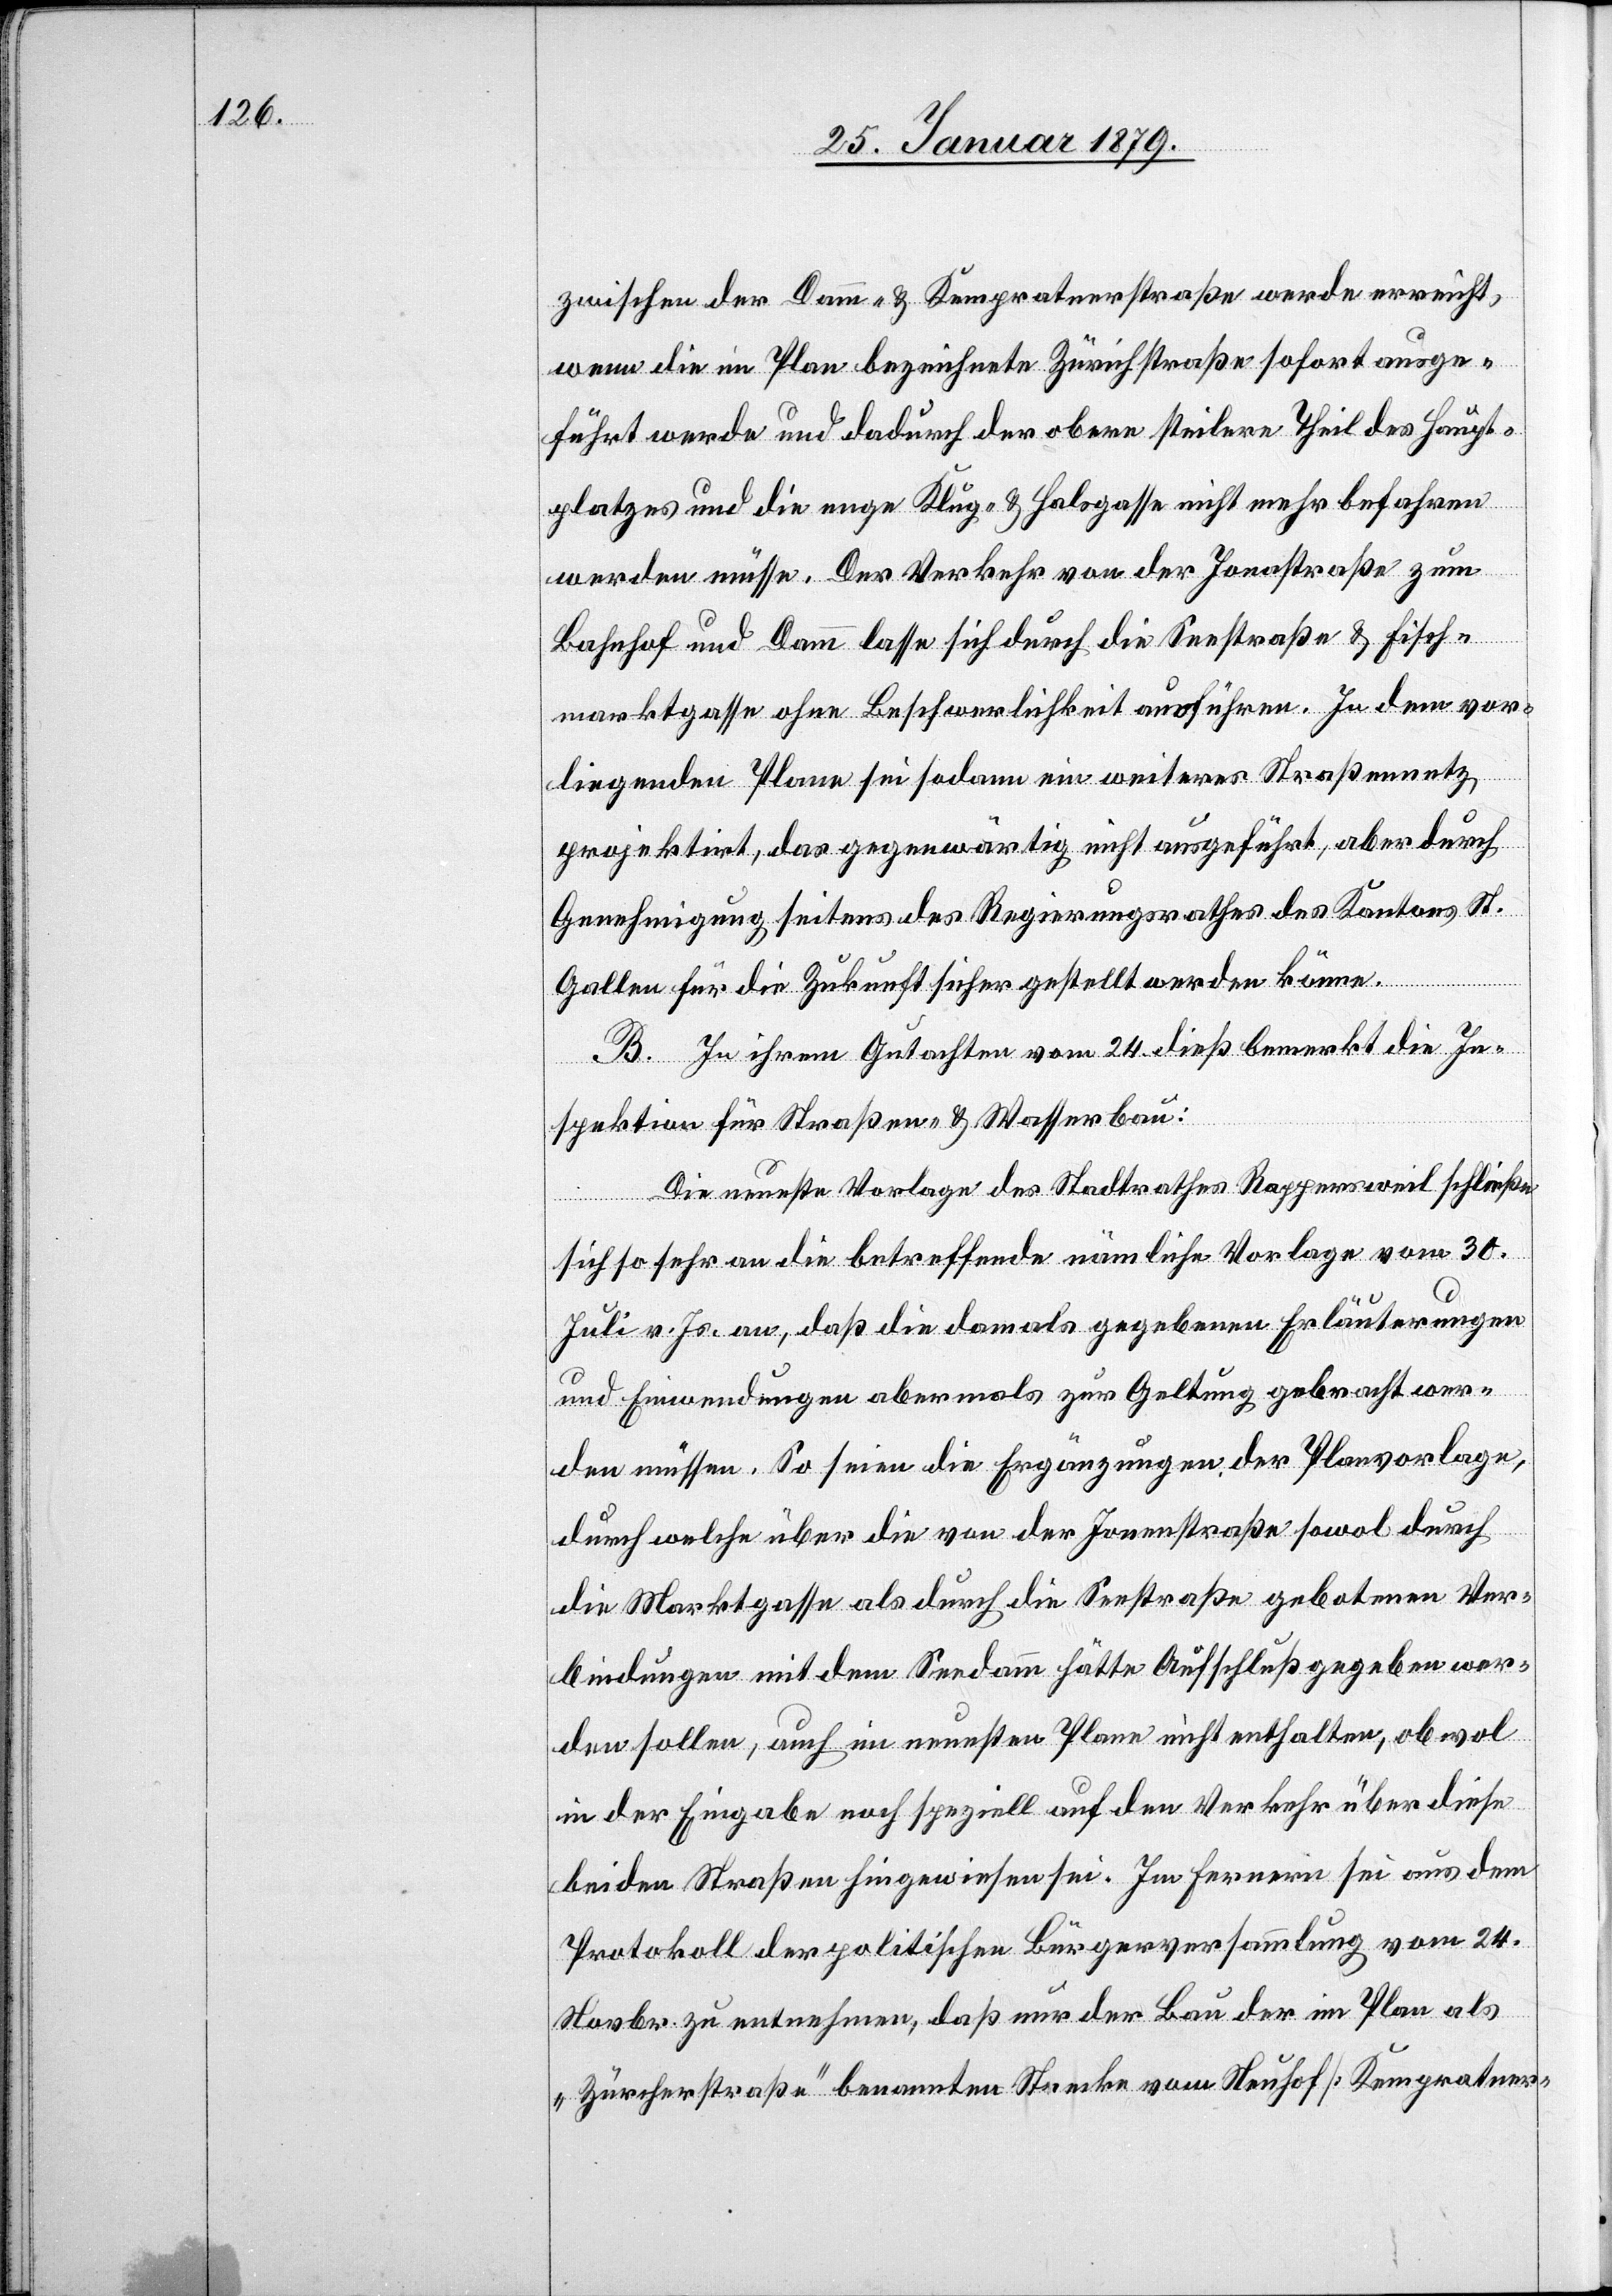
zwischen der Damm- & Kempratnerstraße werde erreicht,
wenn die im Plan bezeichnete Zürichstraße sofort ausge¬
führt werde und dadurch der obere steilere Theil des Haupt¬
platzes und die enge Klug- & Halsgasse nicht mehr befahren
werden müsse. Der Verkehr von der Jonastraße zum
Bahnhof und Damm lasse sich durch die Seestraße & Fisch¬
marktgasse ohne Beschwerlichkeit ausführen. In dem vor¬
liegenden Plane sei sodann ein weiteres Straßennetz
projektirt, das gegenwärtig nicht ausgeführt, aber durch
Genehmigung seitens des Regierungsrathes des Kantons St.
Gallen für die Zukunft sicher gestellt werden könne.
B. In ihrem Gutachten vom 24. dieß bemerkt die In¬
spektion für Straßen- & Wasserbau:
Die neueste Vorlage des Stadtrathes Rappersweil [sic!]
sich so sehr an die betreffende nämliche Vorlage vom 30.
Juli v. Js. an, daß die damals gegebenen Erläuterungen
und Einwendungen abermals zur Geltung gebracht wer¬
den müssen. So seien die Ergänzungen der Planvorlage,
durch welche über die von der Jonenstraße [sic!] sowol durch
die Marktgasse als durch die Seestraße gebotenen Ver¬
bindungen mit dem Seedamm hätte Aufschluß gegeben wer¬
den sollen, auch im neuesten Plane nicht enthalten, obwol
in der Eingabe noch speziell auf den Verkehr über diese
beiden Straßen hingewiesen sei. im Fernern sei aus dem
Protokoll der politischen Bürgerversammlung vom 24.
Novbr. zu entnehmen, daß nur der Bau der im Plan als
„Zürcherstraße“ benannten Strecke vom Neuhof [Kempratner-